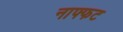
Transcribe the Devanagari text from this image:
नाफ्फट